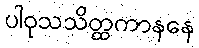
ပါဝုသသိတ္ထကာနနေ